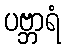
ပဗ္ဘာရံ